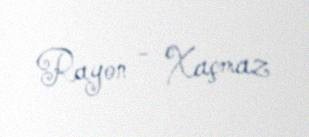
Rayon - Xaçmaz